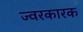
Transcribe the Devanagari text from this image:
ज्‍वरकारक